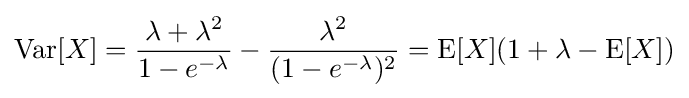
\operatorname {Var} [X]={\frac {\lambda +\lambda ^{2}}{1-e^{-\lambda }}}-{\frac {\lambda ^{2}}{(1-e^{-\lambda })^{2}}}=\operatorname {E} [X](1+\lambda -\operatorname {E} [X])